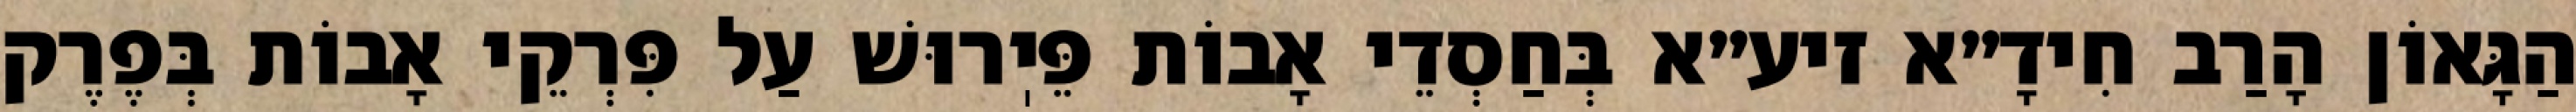
הַגָּאוֹן הָרַב חִידָ״א זיע״א בְּחַסְדֵי אָבוֹת פֵּיֽרוּשׁ עַל פִּרְקֵי אָבוֹת בְּפֶרֶק